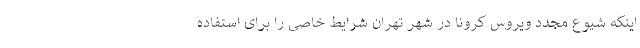
اینکه شیوع مجدد ویروس کرونا در شهر تهران شرایط خاصی را برای استفاده